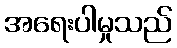
အရေးပါမှုသည်